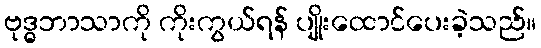
ဗုဒ္ဓဘာသာကို ကိုးကွယ်ရန် ပျိုးထောင်ပေးခဲ့သည်။